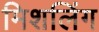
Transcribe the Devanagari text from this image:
मिशलिंग